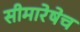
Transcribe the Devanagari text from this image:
सीमारेषेच